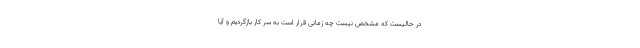
در حالیست که مشخص نیست چه زمانی قرار است به سر کار بازگردیم و آیا